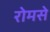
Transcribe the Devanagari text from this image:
रोमसे